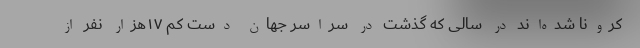
کرونا شده‌اند در سالی که گذشت در سراسر جهان دست کم ۱۷هزار نفر از